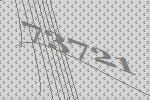
73721